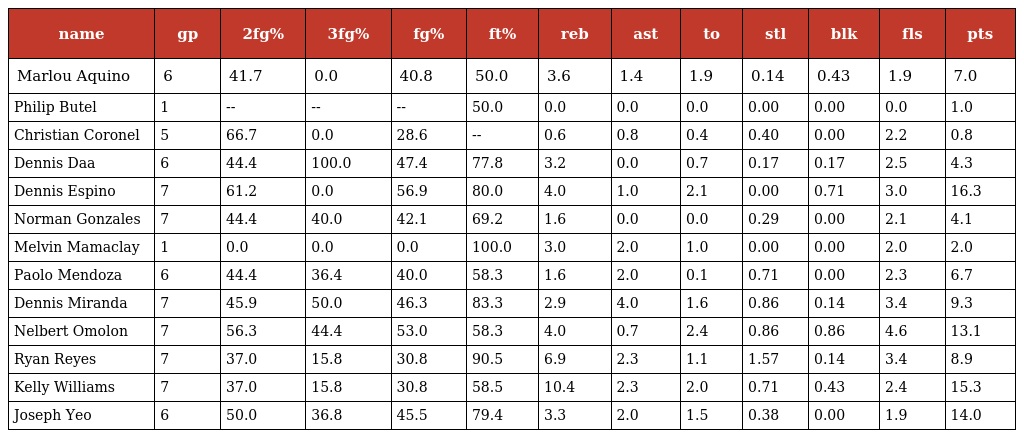
| name | gp | 2fg% | 3fg% | fg% | ft% | reb | ast | to | stl | blk | fls | pts |
 | --- | --- | --- | --- | --- | --- | --- | --- | --- | --- | --- | --- | --- |
 | Marlou Aquino | 6 | 41.7 | 0.0 | 40.8 | 50.0 | 3.6 | 1.4 | 1.9 | 0.14 | 0.43 | 1.9 | 7.0 |
 | Philip Butel | 1 | -- | -- | -- | 50.0 | 0.0 | 0.0 | 0.0 | 0.00 | 0.00 | 0.0 | 1.0 |
 | Christian Coronel | 5 | 66.7 | 0.0 | 28.6 | -- | 0.6 | 0.8 | 0.4 | 0.40 | 0.00 | 2.2 | 0.8 |
 | Dennis Daa | 6 | 44.4 | 100.0 | 47.4 | 77.8 | 3.2 | 0.0 | 0.7 | 0.17 | 0.17 | 2.5 | 4.3 |
 | Dennis Espino | 7 | 61.2 | 0.0 | 56.9 | 80.0 | 4.0 | 1.0 | 2.1 | 0.00 | 0.71 | 3.0 | 16.3 |
 | Norman Gonzales | 7 | 44.4 | 40.0 | 42.1 | 69.2 | 1.6 | 0.0 | 0.0 | 0.29 | 0.00 | 2.1 | 4.1 |
 | Melvin Mamaclay | 1 | 0.0 | 0.0 | 0.0 | 100.0 | 3.0 | 2.0 | 1.0 | 0.00 | 0.00 | 2.0 | 2.0 |
 | Paolo Mendoza | 6 | 44.4 | 36.4 | 40.0 | 58.3 | 1.6 | 2.0 | 0.1 | 0.71 | 0.00 | 2.3 | 6.7 |
 | Dennis Miranda | 7 | 45.9 | 50.0 | 46.3 | 83.3 | 2.9 | 4.0 | 1.6 | 0.86 | 0.14 | 3.4 | 9.3 |
 | Nelbert Omolon | 7 | 56.3 | 44.4 | 53.0 | 58.3 | 4.0 | 0.7 | 2.4 | 0.86 | 0.86 | 4.6 | 13.1 |
 | Ryan Reyes | 7 | 37.0 | 15.8 | 30.8 | 90.5 | 6.9 | 2.3 | 1.1 | 1.57 | 0.14 | 3.4 | 8.9 |
 | Kelly Williams | 7 | 37.0 | 15.8 | 30.8 | 58.5 | 10.4 | 2.3 | 2.0 | 0.71 | 0.43 | 2.4 | 15.3 |
 | Joseph Yeo | 6 | 50.0 | 36.8 | 45.5 | 79.4 | 3.3 | 2.0 | 1.5 | 0.38 | 0.00 | 1.9 | 14.0 |